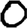
Digit: 0